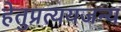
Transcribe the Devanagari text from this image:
हेतुप्रत्ययजन्य